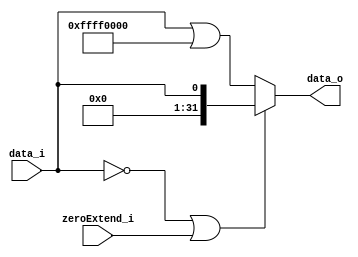
//Subject:     CO project 2 - Sign extend
//--------------------------------------------------------------------------------
//Version:     1
//--------------------------------------------------------------------------------
//Writer:       0340249
//----------------------------------------------
//----------------------------------------------
//Description: 
//--------------------------------------------------------------------------------

module Sign_Extend(
	zeroExtend_i,
    data_i,
    data_o
);

parameter size = 1;

//I/O ports
input	zeroExtend_i;
input   [size-1:0] data_i;
output  [32-1:0] data_o;

//Internal Signals
reg     [32-1:0] data_o;

//Sign extended
always @(data_i)
begin
	if ( data_i[size - 1] == 0 || zeroExtend_i )
		data_o = data_i;
	else
		data_o = data_i | 32'b1111_1111_1111_1111_0000_0000_0000_0000;   
end
endmodule

/*
module stimulus;
reg isOri;
reg[5-1: 0] in;
wire[32-1: 0] out;

Sign_Extend #(.size(5)) se(isOri, in, out);

initial
begin
	isOri = 0;
	in = 5'b11100;
	#1 $display("%b %b", in, out);
	

	in = 5'b00001;
	#1 $display("%b %b", in, out);
end

endmodule
*/